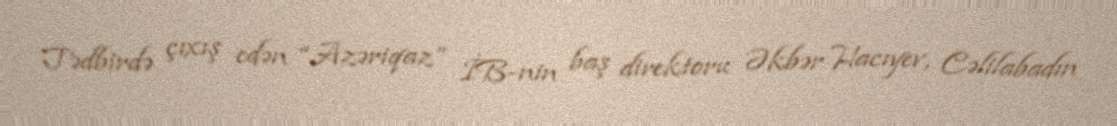
Tədbirdə çıxış edən “Azəriqaz” İB-nin baş direktoru Əkbər Hacıyev, Cəlilabadın